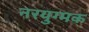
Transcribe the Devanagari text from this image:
नरयुग्मक